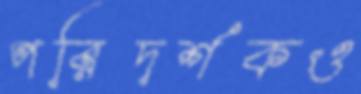
পরিদর্শকও